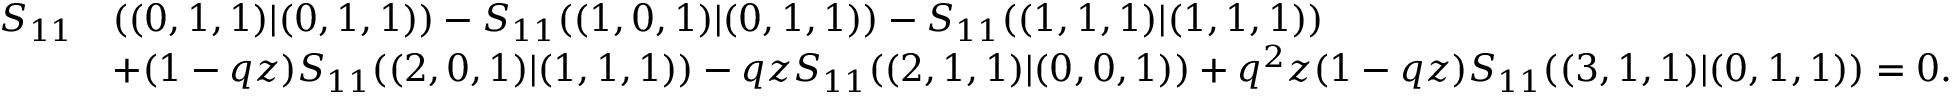
\begin{array} { r l } { S _ { 1 1 } } & { ( ( 0 , 1 , 1 ) | ( 0 , 1 , 1 ) ) - S _ { 1 1 } ( ( 1 , 0 , 1 ) | ( 0 , 1 , 1 ) ) - S _ { 1 1 } ( ( 1 , 1 , 1 ) | ( 1 , 1 , 1 ) ) } \\ & { + ( 1 - q z ) S _ { 1 1 } ( ( 2 , 0 , 1 ) | ( 1 , 1 , 1 ) ) - q z S _ { 1 1 } ( ( 2 , 1 , 1 ) | ( 0 , 0 , 1 ) ) + q ^ { 2 } z ( 1 - q z ) S _ { 1 1 } ( ( 3 , 1 , 1 ) | ( 0 , 1 , 1 ) ) = 0 . } \end{array}